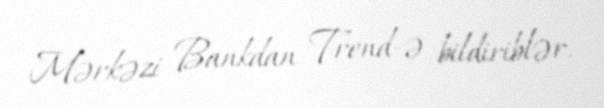
Mərkəzi Bankdan Trend-ə bildiriblər.